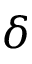
\delta